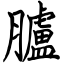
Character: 臚